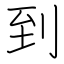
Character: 到